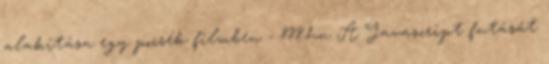
alakítása egy pocsék filmben - 888.hu A Javascript futását